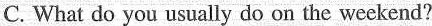
C. What do you usually do on the weekend?